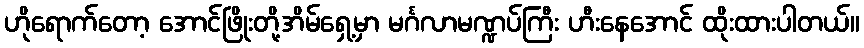
ဟိုရောက်တော့ အောင်ဖြိုးတို့အိမ်ရှေ့မှာ မင်္ဂလာမဏ္ဍပ်ကြီး ဟီးနေအောင် ထိုးထားပါတယ်။